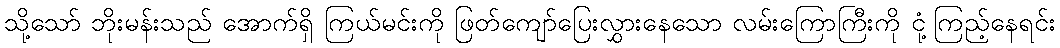
သို့သော် ဘိုးမန်းသည် အောက်ရှိ ကြယ်မင်းကို ဖြတ်ကျော်ပြေးလွှားနေသော လမ်းကြောကြီးကို ငုံ့ကြည့်နေရင်း